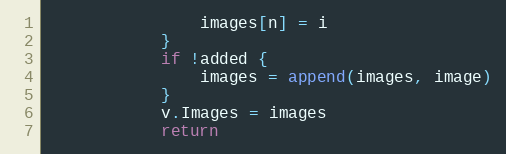
Language: Go
				images[n] = i
			}
			if !added {
				images = append(images, image)
			}
			v.Images = images
			return